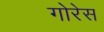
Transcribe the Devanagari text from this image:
गोरेस